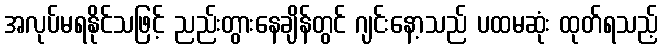
အလုပ်မရနိုင်သဖြင့် ညည်းတွားနေချိန်တွင် ဂျင်းနော့သည် ပထမဆုံး ထုတ်ရသည့်